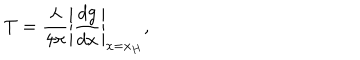
T = \frac { \lambda } { 4 \pi } \left\vert \frac { d g } { d x } \right\vert _ { x = x _ { H } } ,